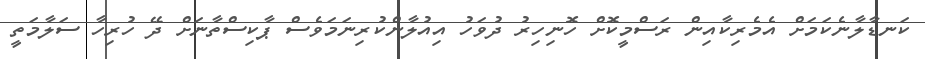
ކަނޑާލާނެކަމަށް އެމެރިކާއިން ރަސްމީކޮށް ހޮނިހިރު ދުވަހު އިއުލާންކުރިނަމަވެސް ޕާކިސްތާނަށް ދޭ ހުރިހާ ސަލާމަތީ